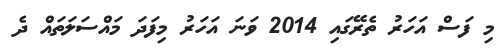
މި ފަސް އަހަރު ތެރޭގައި 2014 ވަނަ އަހަރު މިފަދަ މައްސަލަތައް ދެ